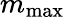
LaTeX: m_{\mathrm{max}}